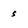
Character: s